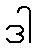
ဒါ